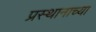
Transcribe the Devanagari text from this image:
प्रस्थानाच्या